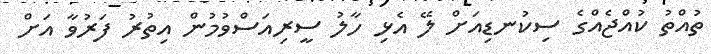
ތުއްތު ކުއްޖެއްގެ ސިކުނޑިއަށް ލޭ އެޅި ހާލު ސީރިއަސްވުމުން އިތުރު ފަރުވާ އަށް